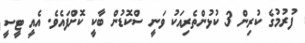
ފުރުމުގެ ކުރިން 3 ކުޅުންތެރިއަކު ވަނީ ސްކޮޑުން ބާކީ ކޮށްފައެވެ. އެއީ ޓީސީ